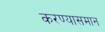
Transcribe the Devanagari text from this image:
करण्यासमान